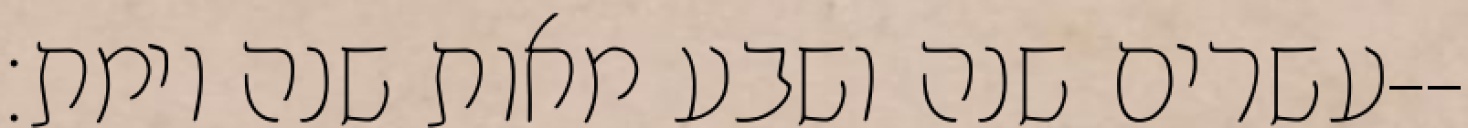
עשרים שנה ושבע מאות שנה וימת׃--